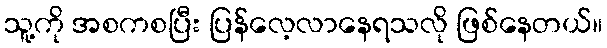
သူ့ကို အစကစပြီး ပြန်လေ့လာနေရသလို ဖြစ်နေတယ်။